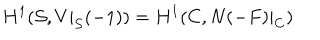
LaTeX: H ^ { 1 } ( { \cal S } , V | _ { { \cal S } } ( - 1 ) ) = H ^ { 1 } ( C , N ( - F ) | _ { C } )